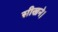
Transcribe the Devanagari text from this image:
सीखने।